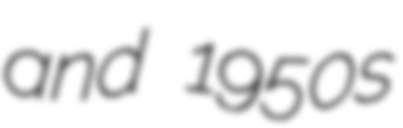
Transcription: and 1950s